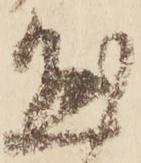
懸